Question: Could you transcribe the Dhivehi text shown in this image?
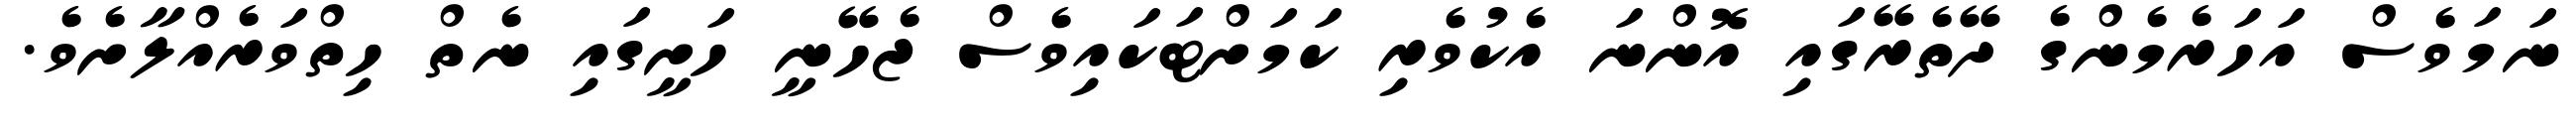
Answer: ނަމަވެސް އަހަރެމެންގެ ދޭތެރޭގައި އޮންނަ އެކުވެރި ކަމަށްޓަކައިވެސް ޖެހޭނީ ހަށީގައި ނެތް ހިތްވަރެއްލާށެވެ.